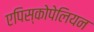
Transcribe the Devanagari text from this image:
एपिस्कोपेलियन